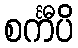
စင်္ကီပိ